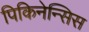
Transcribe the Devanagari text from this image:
पिकिनेन्सिस